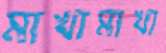
মাখামাখা